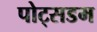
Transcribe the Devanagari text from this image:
पोट्सडम